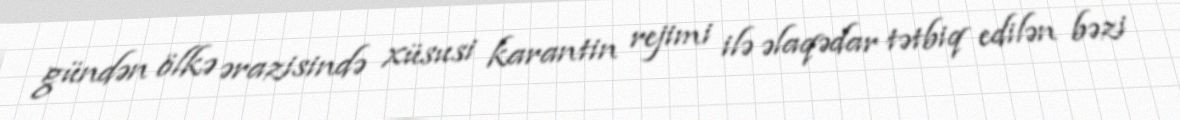
gündən ölkə ərazisində xüsusi karantin rejimi ilə əlaqədar tətbiq edilən bəzi